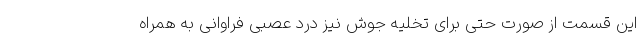
این قسمت از صورت حتی برای تخلیه جوش نیز درد عصبی فراوانی به همراه